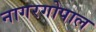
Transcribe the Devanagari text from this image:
नागरगोपाल